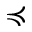
\preccurlyeq